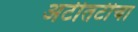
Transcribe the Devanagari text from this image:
अटीतटीचा